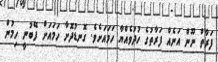
ފަރާތް ނޫން އަނެއް ފަރާތުގެ ހުދުވެއްޔާ ހަމައަށެވެ. ގޮނޑުދޮށާ ހަމައަށް ފޭބުނީ ހިމުން